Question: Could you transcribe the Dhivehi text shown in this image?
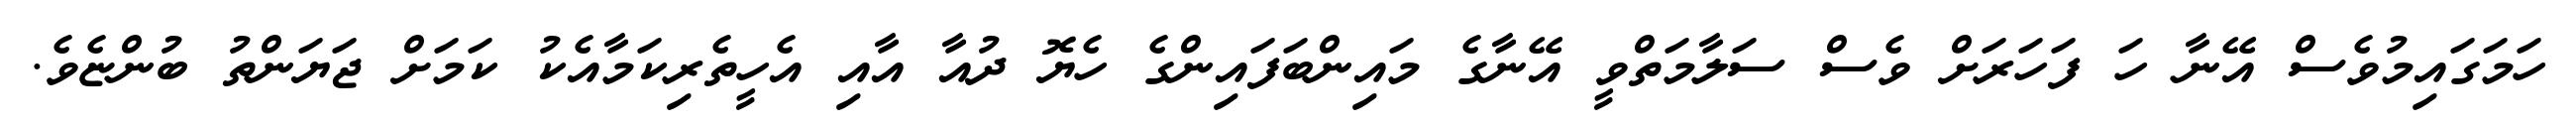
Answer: ހަމަގައިމުވެސް އޭނާ ހަ ފަހަރަށް ވެސް ސަލާމަތްވީ އޭނާގެ މައިންބަފައިންގެ ހެޔޮ ދުއާ އާއި އެހީތެރިކަމާއެކު ކަމަށް ޖަޔަންތު ބުންޏެވެ.